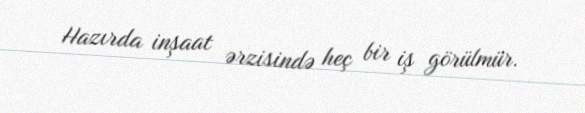
Hazırda inşaat ərzisində heç bir iş görülmür.